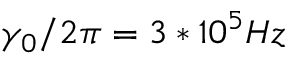
\gamma _ { 0 } / 2 \pi = 3 * 1 0 ^ { 5 } H z